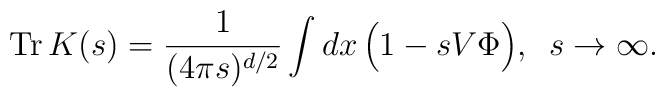
{\rm Tr}\,K(s)=\frac{1}{(4\pi s)^{d/2}}    \int dx\,\Big( 1-sV\Phi \Big),    \,\,\, s\to\infty.